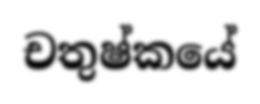
චතුෂ්කයේ